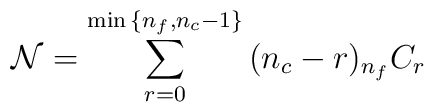
{\cal N} = \sum_{r=0}^{{\rm min} \, \{n_f, n_c-1\}}\, (n_c-r)  {}_{n_f}C_{r}